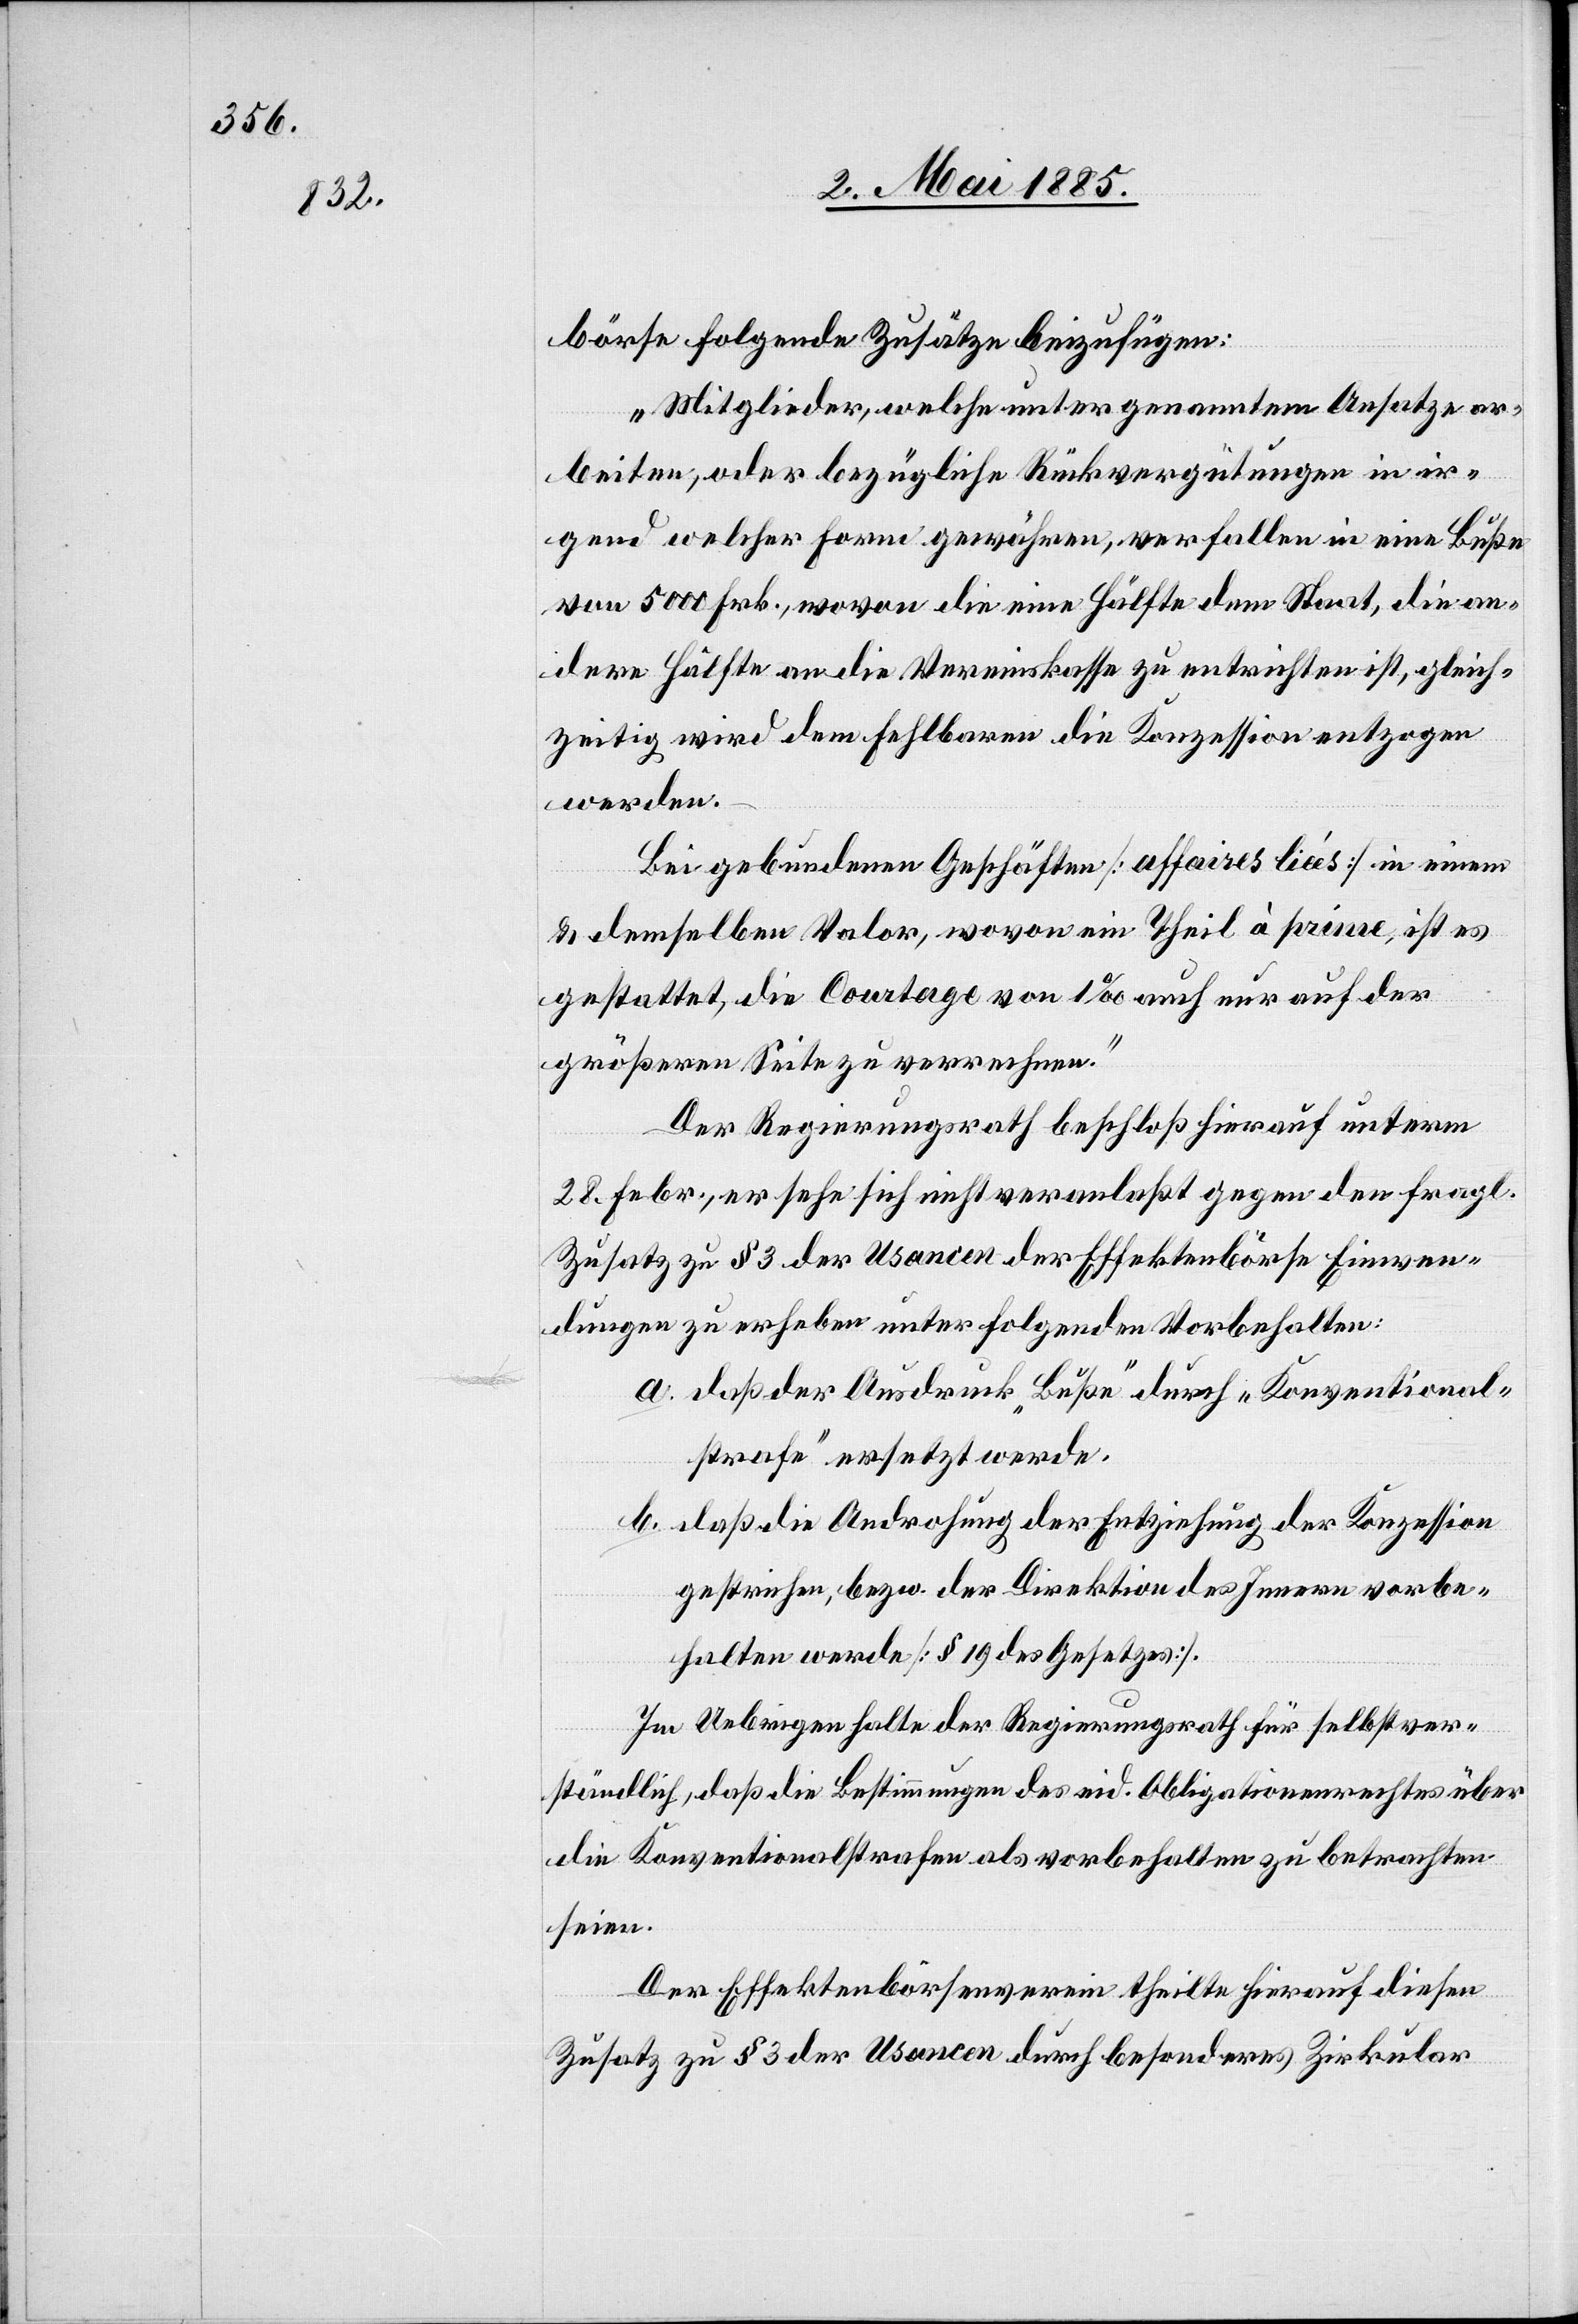
börse folgende Zusätze beizufügen:
„Mitglieder, welche unter genanntem Ansatze ar¬
beiten, oder bezügliche Rückvergütungen in ir¬
gend welcher Form gewähren, verfallen in eine Buße
von 5000 Frk., wovon die eine Hälfte dem Staat, die an¬
dere Hälfte an die Vereinskasse zu entrichten ist, gleich¬
zeitig wird dem Fehlbaren die Konzession entzogen
werden.
Bei gebundenen Geschäften [affaires liées] in einem
& denselben Valor, wovon ein Theil à prime, ist es
gestattet, die Courtage von 1‰ auch nur auf der
größeren Seite zu verrechnen.“
Der Regierungsrath beschloß hierauf unterm
28. Febr., er sehe sich nicht veranlaßt gegen den fragl.
Zusatz zu § 3 der Usancen der Effektenbörse Einwen¬
dungen zu erheben unter folgenden Vorbehalten:
a. daß der Ausdruck „Buße“ durch „Konventional¬
strafe“ ersetzt werde.
b. daß die Androhung der Entziehung der Konzession
gestrichen, bezw. der Direktion des Innern vorbe¬
halten werde [§ 19 des Gesetzes].
Im Uebrigen halte der Regierungsrath für selbstver¬
ständlich, daß die Bestimmungen des eid. Obligationenrechtes über
die Konventionalstrafen als vorbehalten zu betrachten
seien.
Der Effektenbörsenverein theilte hierauf diesen
Zusatz zu § 3 der Usancen durch besonderes Zirkular